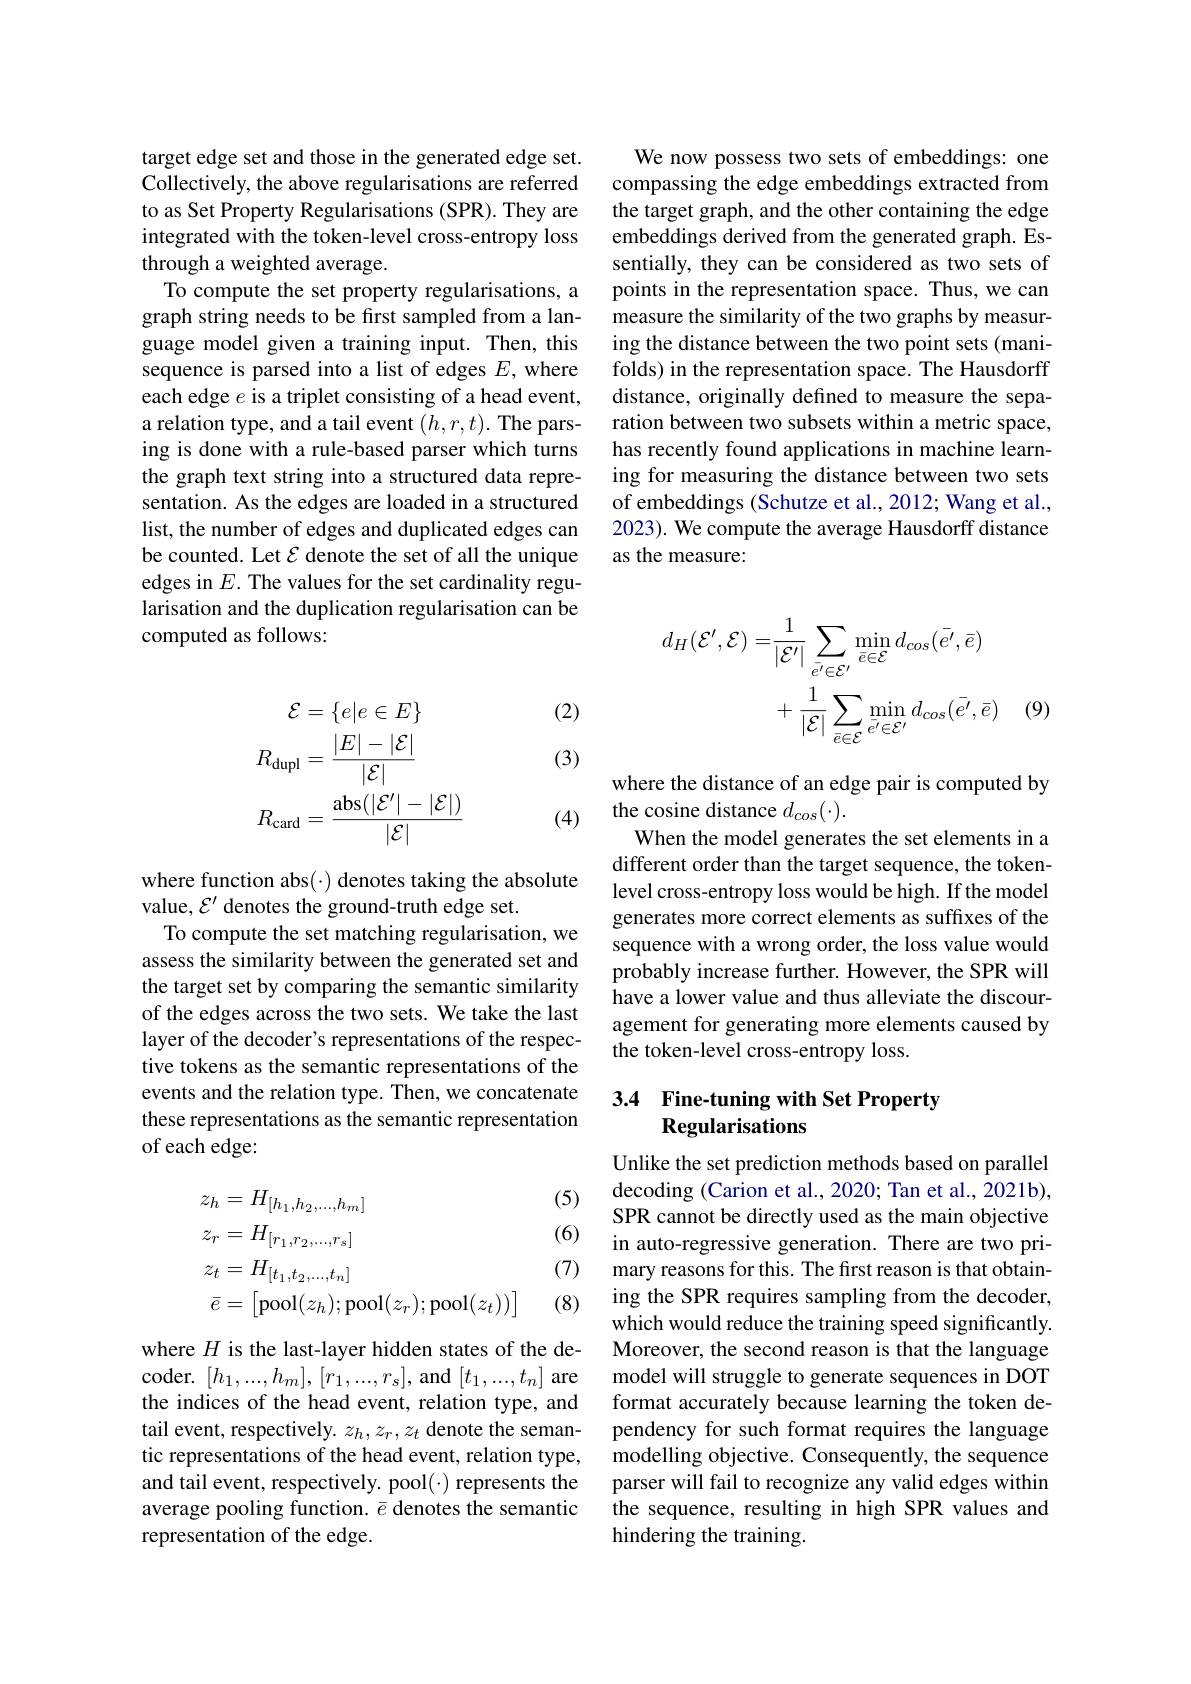
target edge set and those in the generated edge set. Collectively, the above regularisations are referred to as Set Property Regularisations (SPR). They are integrated with the token-level cross-entropy loss through a weighted average.
To compute the set property regularisations, a graph string needs to be first sampled from a language model given a training input. Then, this sequence is parsed into a list of edges $E$, where each edge $e$ is a triplet consisting of a head event, a relation type, and a tail event $(h,r,t).$ The parsing is done with a rule-based parser which turns the graph text string into a structured data representation. As the edges are loaded in a structured list, the number of edges and duplicated edges can be counted. Let $\mathcal{E}$ denote the set of all the unique edges in $E.$ The values for the set cardinality regularisation and the duplication regularisation can be computed as follows:

(2)

(3)
$$\begin{aligned}\mathcal{E}&=\{e|e\in E\}\\R_{\mathrm{dupl}}&=\frac{|E|-|\mathcal{E}|}{|\mathcal{E}|}\\R_{\mathrm{card}}&=\frac{\mathrm{abs}(|\mathcal{E}^{\prime}|-|\mathcal{E}|)}{|\mathcal{E}|}\end{aligned}$$
(4)

where function abs(·) denotes taking the absolute
value, $\mathcal{E}^\prime$ denotes the ground-truth edge set.
To compute the set matching regularisation, we assess the similarity between the generated set and the target set by comparing the semantic similarity of the edges across the two sets. We take the last layer of the decoder's representations of the respective tokens as the semantic representations of the events and the relation type. Then, we concatenate these representations as the semantic representation of each edge:

(5)

(6)
$$\begin{aligned}&z_{h}=H_{[h_{1},h_{2},...,h_{m}]}\\&z_{r}=H_{[r_{1},r_{2},...,r_{s}]}\\&z_{t}=H_{[t_{1},t_{2},...,t_{n}]}\\&\bar{e}=\begin{bmatrix}\mathrm{pool}(z_{h});\mathrm{pool}(z_{r});\mathrm{pool}(z_{t}))\end{bmatrix}\end{aligned}$$
(7)

(8)

where $H$ is the last-layer hidden states of the decoder.$[h_1,...,h_m],[r_1,...,r_s]$,and$[t_1,...,t_n]$ are the indices of the head event, relation type, and tail event, respectively. $z_h,z_r,z_t$ denote the semantic representations of the head event, relation type, and tail event, respectively. pool(·) represents the average pooling function. $\bar{e}$ denotes the semantic representation of the edge.

We now possess two sets of embeddings: one compassing the edge embeddings extracted from the target graph, and the other containing the edge embeddings derived from the generated graph. Essentially, they can be considered as two sets of points in the representation space. Thus, we can measure the similarity of the two graphs by measuring the distance between the two point sets (manifolds) in the representation space. The Hausdorff distance, originally defined to measure the separation between two subsets within a metric space, has recently found applications in machine learning for measuring the distance between two sets of embeddings (Schutze et al., 2012; Wang et al., 2023). We compute the average Hausdorff distance as the measure:
$$\begin{aligned}d_{H}(\mathcal{E}^{\prime},\mathcal{E})=&\frac{1}{|\mathcal{E}^{\prime}|}\sum_{\bar{e}^{\prime}\in\mathcal{E}^{\prime}}\operatorname*{min}_{\bar{e}\in\mathcal{E}}d_{cos}(\bar{e^{\prime}},\bar{e})\\&+\frac{1}{|\mathcal{E}|}\sum_{\bar{e}\in\mathcal{E}}\operatorname*{min}_{\bar{e^{\prime}}\in\mathcal{E^{\prime}}}d_{cos}(\bar{e^{\prime}},\bar{e})\end{aligned}$$
(9)

where the distance of an edge pair is computed by
the cosine distance $d_{cos}(\cdot).$
When the model generates the set elements in a different order than the target sequence, the tokenlevel cross-entropy loss would be high. If the model generates more correct elements as suffixes of the sequence with a wrong order, the loss value would probably increase further. However, the SPR will have a lower value and thus alleviate the discouragement for generating more elements caused by the token-level cross-entropy loss.

### 3.4 Fine-tuning with Set Property Regularisations

Unlike the set prediction methods based on parallel decoding (Carion et al., 2020; Tan et al., 2021b), SPR cannot be directly used as the main objective in auto-regressive generation. There are two primary reasons for this. The first reason is that obtaining the SPR requires sampling from the decoder, which would reduce the training speed significantly Moreover, the second reason is that the language model will struggle to generate sequences in DOT format accurately because learning the token dependency for such format requires the language modelling objective. Consequently, the sequence parser will fail to recognize any valid edges within the sequence, resulting in high SPR values and hindering the training.